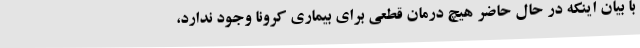
با بیان اینکه در حال حاضر هیچ درمان قطعی برای بیماری کرونا وجود ندارد،